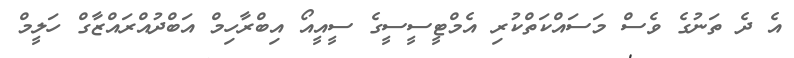
އެ ދެ ތަނުގެ ވެސް މަސައްކަތްކުރި އެމްޓީސީސީގެ ސީއީއޯ އިބްރާހިމް އަބްދުއްރައްޒާގް ހަލީމް